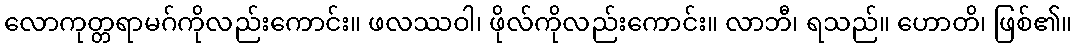
လောကုတ္တရာမဂ်ကိုလည်းကောင်း။ ဖလဿဝါ၊ ဖိုလ်ကိုလည်းကောင်း။ လာဘီ၊ ရသည်။ ဟောတိ၊ ဖြစ်၏။